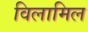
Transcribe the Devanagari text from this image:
विलामिल